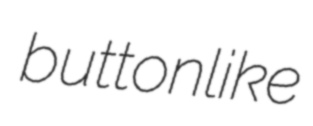
buttonlike